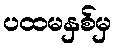
ပထမနှစ်မှ